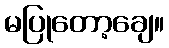
မပြုတော့ချေ။